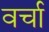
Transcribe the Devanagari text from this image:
वर्चा